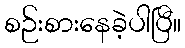
စဉ်းစားနေခဲ့ပါပြီ။